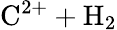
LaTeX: \mathrm{C^{2+}+H_{2}}